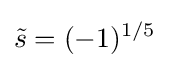
{\tilde {s}}=(-1)^{1/5}